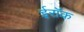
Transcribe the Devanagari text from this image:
ईरॉक